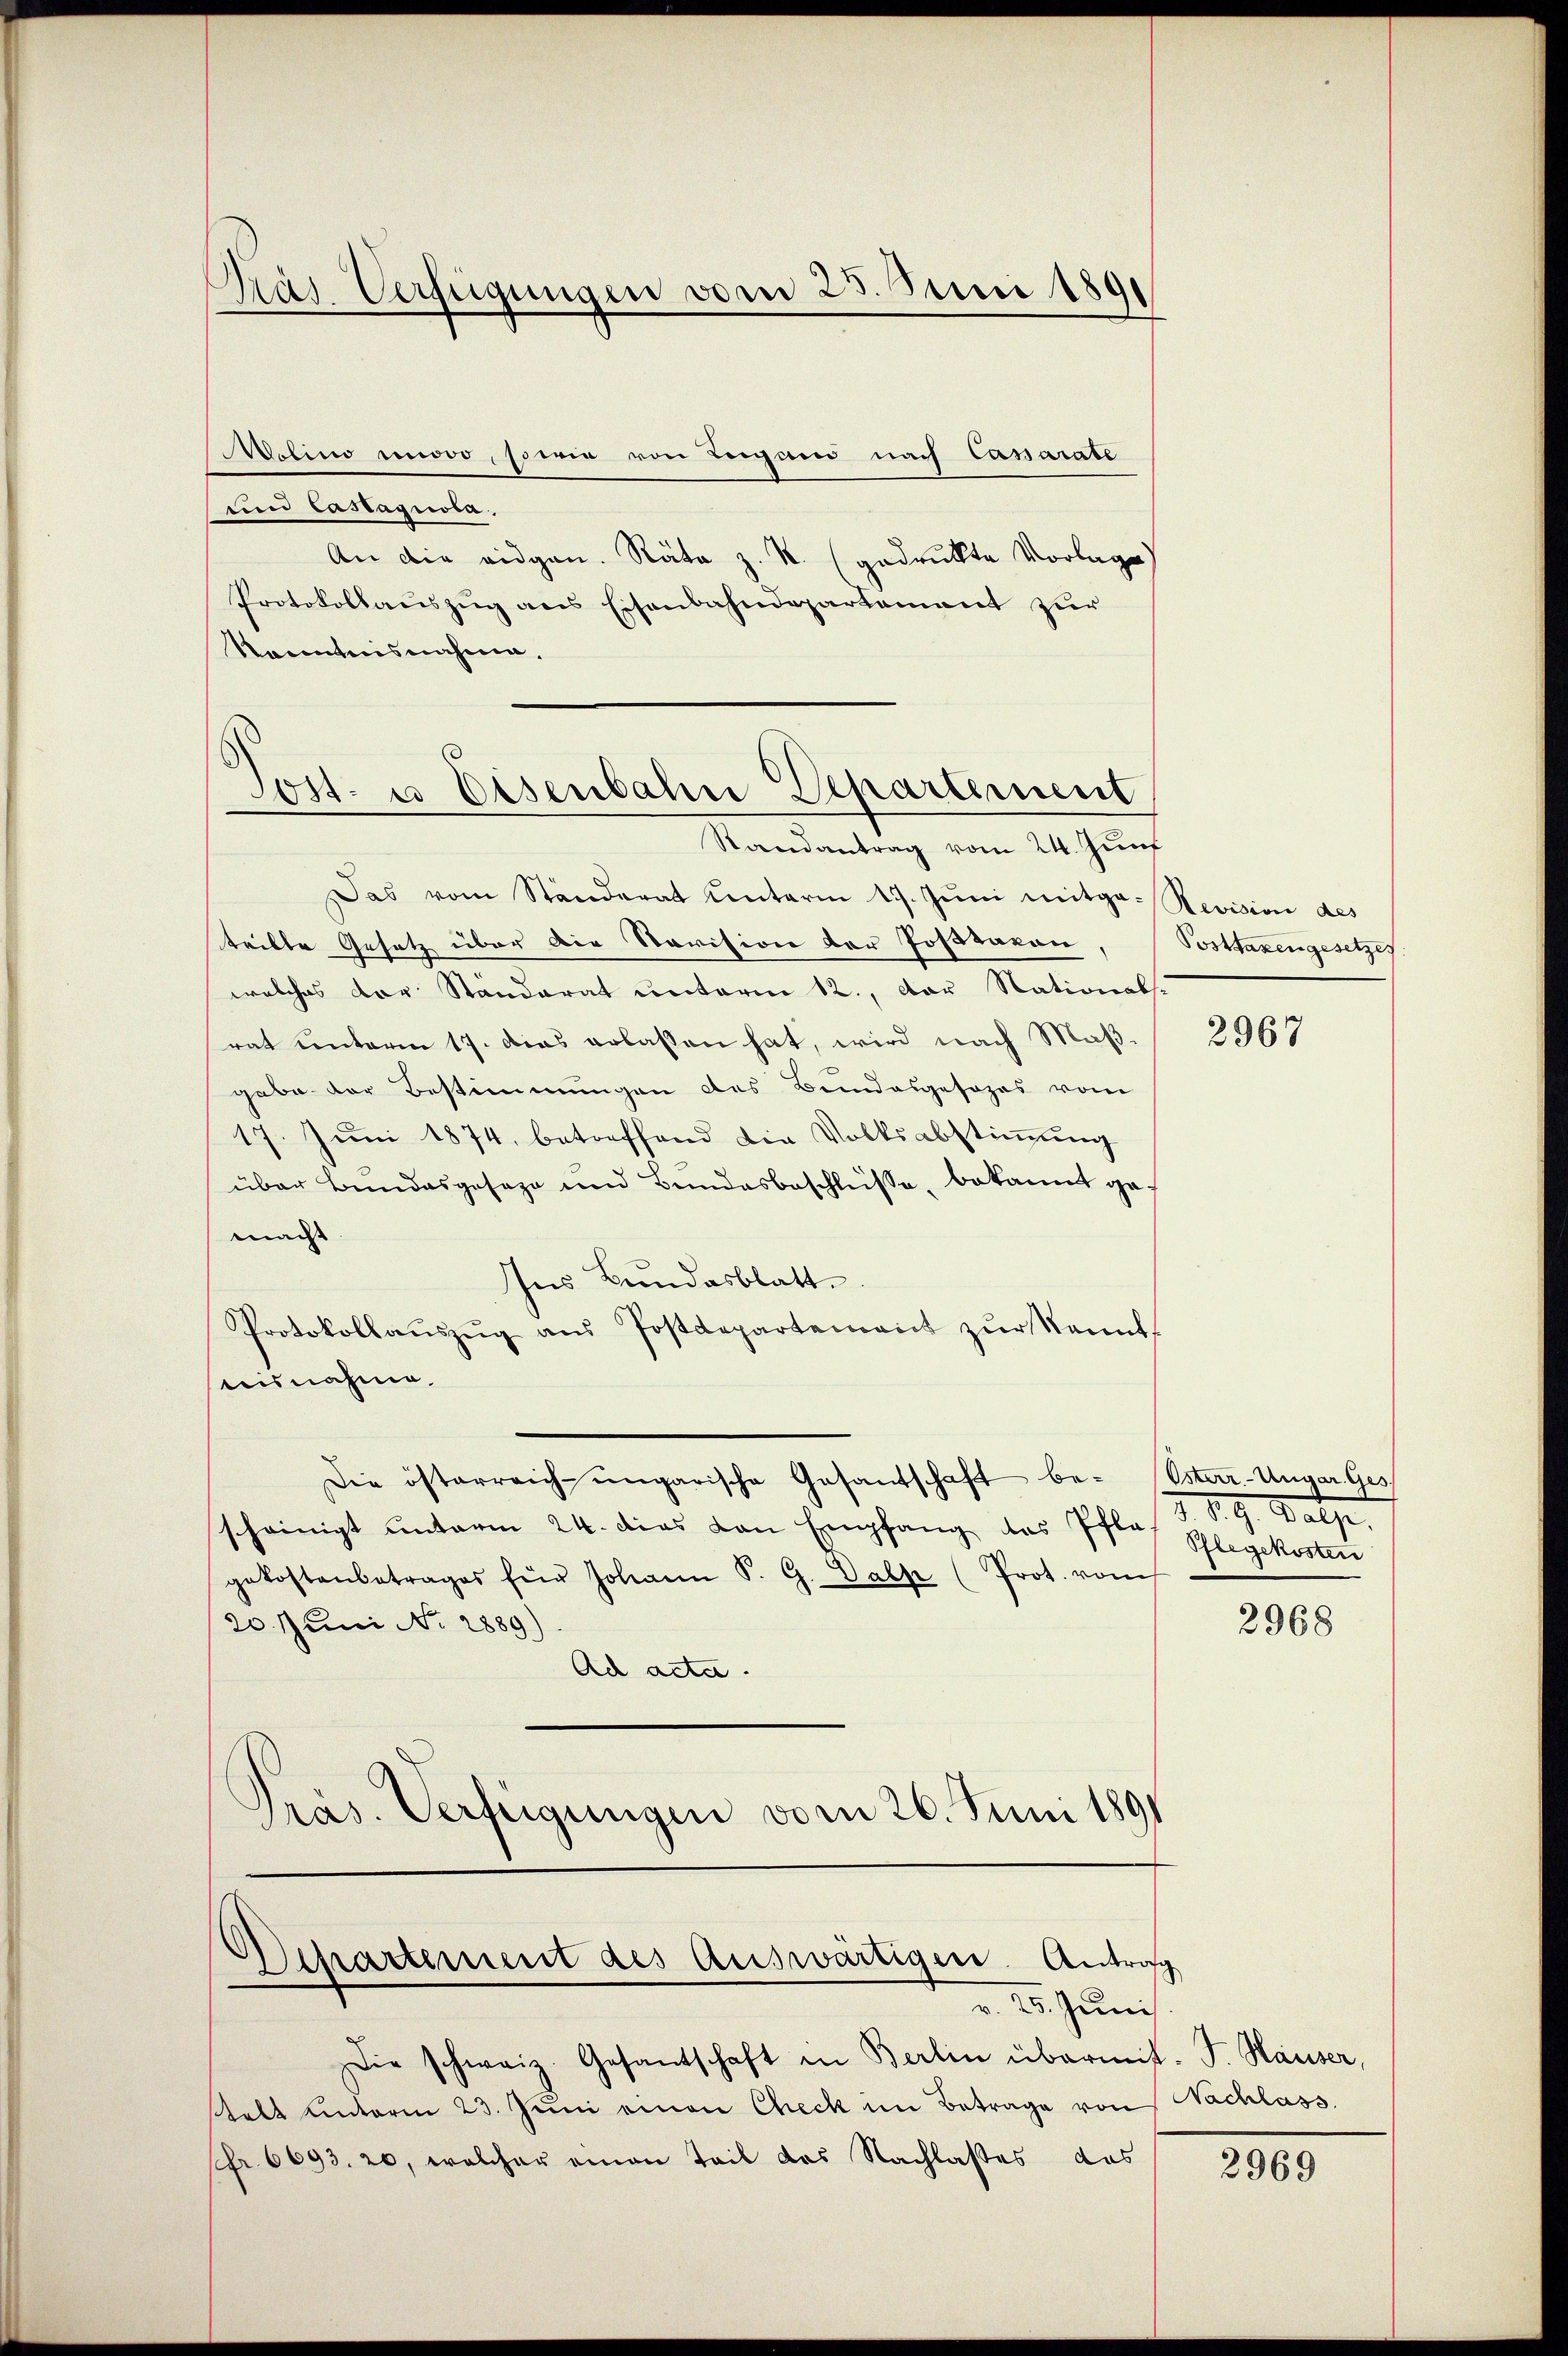
Pras Verfügungen vom 25. Juni 1891

Molino modo, sowie von Beigand nach Caparate
und Castagnola,
An die eidgen. Räte z. R. (gedruckte Vorlage)
Protokollauszug aus Eisenbahndepartement zur
Kenntnisnahme.
Randantrag vom 24. Zunf
Das vom Ständerat unterm 17. Jŭni mitge- Revision des
teilte Gesetz über die Revision der Postaron
welches der Standerat unterm 12., der Stationals.
rat unterm 17. Das erlassen hat, wird nach Maßgabe der Bestimmungen des Bundesgesezes vom
17. Juni 1874, betreffend die Volksabstimmung
über Bundesgeseze und Bundesbeschlüsse, bekannt gemacht.
Ins Bundesblatt
Protokollaŭszŭg aŭs Postdepartement zŭr kannt
teisnahme.
Die österreich ungarische Gesantschaft be- Usterr.-Ungar. Ges
scheinigt unterm 24. dies von Empfang des Pflegekostenbetrages für Johann P. G. Salp (Prot. vom
20. Juni No 2889)
Ach acta.
Präs. Verfügungen vom 26. Juni 1891

Jost- u Eisenbahn Departement

Departement des Auswärtigen Antra
25. Juni

Die schweiz. Gesantschaft in Berlin übermit. P. Häuser,
stalt unterm 23. Jŭni einen Check im Betrage von Nachlass
fr. 6693. 20, welcher einen Teil des Nachlasses das

Posttaxengesetzes

2967

2. 19. Batze.
Pflegekosten

2968

2969